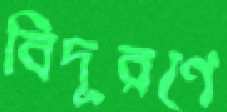
বিদূরণে